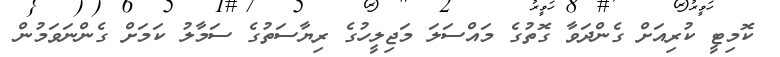
ކޮމިޓީ ކުރިއަށް ގެންދަވާ ގޮތުގެ މައްސަލަ މަޖިލީހުގެ ރިޔާސަތުގެ ސަމާލު ކަމަށް ގެންނަވަމުން